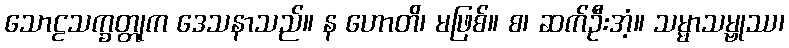
သောဠသက္ခတ္တုက ဒေသနာသည်။ န ဟောတိ၊ မဖြစ်။ စ၊ ဆက်ဦးအံ့။ သမ္မာသမ္ဗုဿ၊